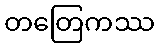
တတြေကဿ